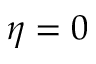
\eta = 0